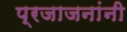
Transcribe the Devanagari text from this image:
प्रजाजनांनी